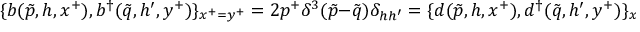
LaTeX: \{ b ( \tilde { p } , h , x ^ { + } ) , b ^ { \dagger } ( \tilde { q } , h ^ { \prime } , y ^ { + } ) \} _ { x ^ { + } = y ^ { + } } = 2 p ^ { + } \delta ^ { 3 } ( \tilde { p } - \tilde { q } ) \delta _ { h h ^ { \prime } } = \{ d ( \tilde { p } , h , x ^ { + } ) , d ^ { \dagger } ( \tilde { q } , h ^ { \prime } , y ^ { + } ) \} _ { x ^ { + } = y ^ { + } } ~ ~